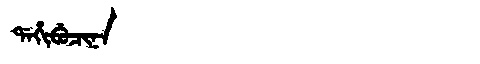
Manchu: ᡩᠠᡥᡳᠪᡠᠴᡳᠨᠠ
Romanization: DAHIBUCINA